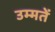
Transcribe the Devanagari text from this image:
उम्मतें